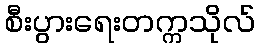
စီးပွားရေးတက္ကသိုလ်